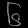
Digit: ၆